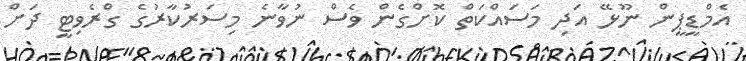
އެމްޑީޕީން ނޫޅޭ އަދި މަސައްކަތް ކޮށްގެން ވެސް ނުވާނެ މިސަރުކާރުގެ ގްރެވިޓީ ދަށް